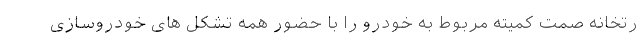
رتخانه صمت کمیته مربوط به خودرو را با حضور همه تشکل های خودروسازی